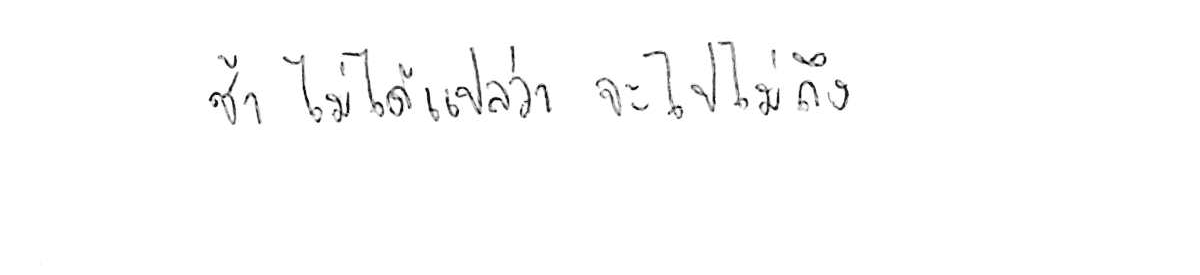
ช้า ไม่ได้แปลว่า จะไปไม่ถึง